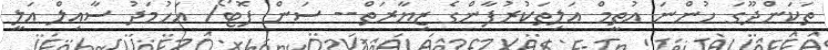
ތަކަންދޫގަ ހުންނަ އުތީމް އަލިތަކުރުފާންގެ ޒިޔާރަތް-- ސަން ފޮޓޯ/ އަހުމަދު ސާއިލް އަލީ